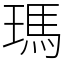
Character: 瑪